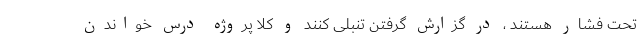
تحت فشار هستند ، در گزارش گرفتن تنبلی کنند و کلا پروژه درس خواندن